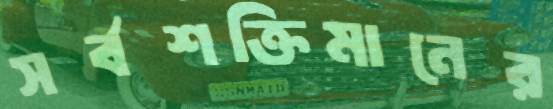
সর্বশক্তিমানের